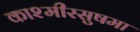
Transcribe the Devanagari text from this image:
काश्मीरसुषमा